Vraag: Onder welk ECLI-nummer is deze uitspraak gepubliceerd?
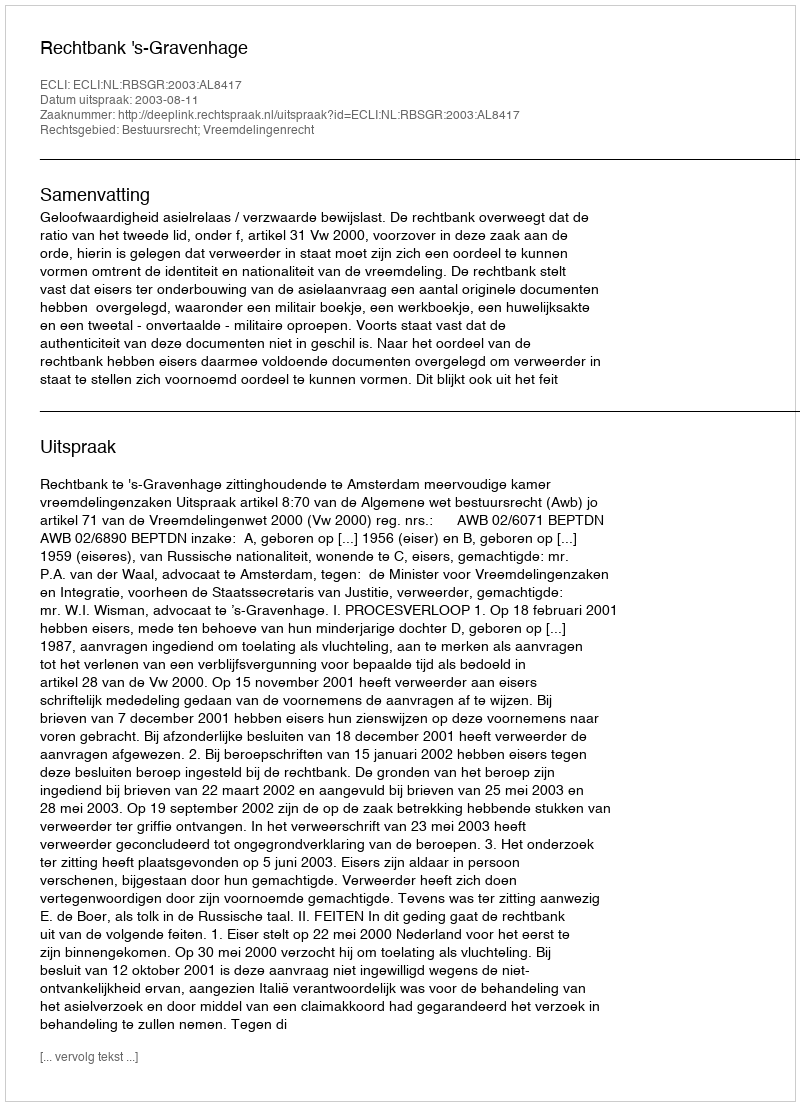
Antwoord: ECLI:NL:RBSGR:2003:AL8417